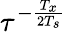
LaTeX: \tau^{-\frac{T_{x}}{2T_{s}}}